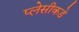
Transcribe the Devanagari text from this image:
प्लेसीकडे